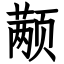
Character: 颟